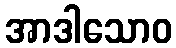
အာဒါသောဝ